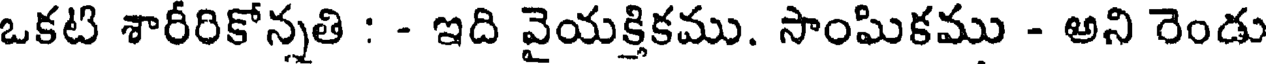
ఒకటి శారీరికోన్నతి : - ఇది వైయక్తికము. సాంఘికము - అని రెండు